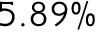
5 . 8 9 \%